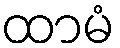
ထာမံ